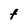
Character: t